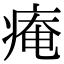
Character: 痷